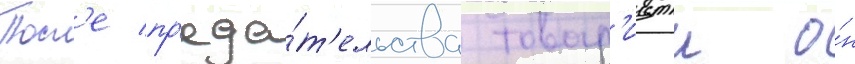
Посл'е пр'еда́т'ельства товар'ищеи о́н